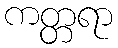
ကတ္တရာ